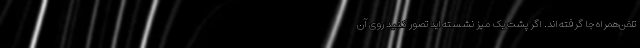
تلفن‌همراه جا گرفته‌اند. اگر پشت یک میز نشسته‌اید تصور کنید روی آن